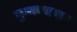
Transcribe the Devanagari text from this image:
गुम्मबजदार